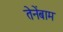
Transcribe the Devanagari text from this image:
तेनेंबाम